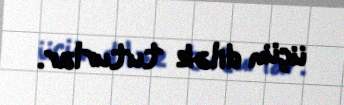
üçün dilək tuturlar.